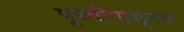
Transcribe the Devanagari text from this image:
पृथ्वीपासूनच